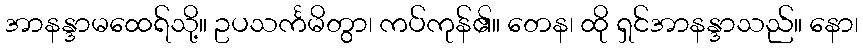
အာနန္ဒာမထေရ်သို့။ ဥပသင်္ကမိတွာ၊ ကပ်ကုန်၏။ တေန၊ ထို ရှင်အာနန္ဒာသည်။ နော၊